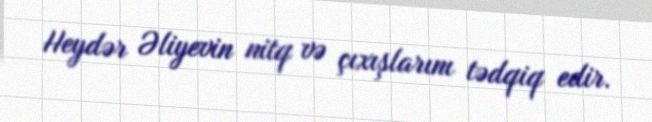
Heydər Əliyevin nitq və çıxışlarını tədqiq edir.